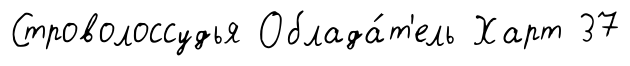
Строволоссудья Облада́т'ель Харт 37